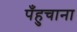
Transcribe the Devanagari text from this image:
पँहुचाना